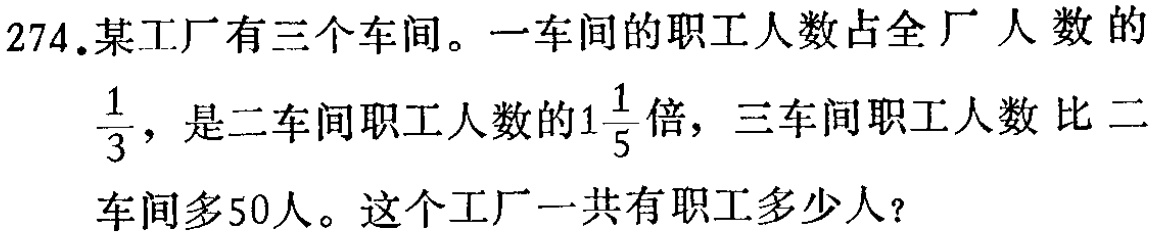
274.某工厂有三个车间。一车间的职工人数占全厂人数的$\frac{1}{3}$，是二车间职工人数的$1\frac{1}{5}$倍，三车间职工人数比二车间多50人。这个工厂一共有职工多少人？